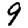
Digit: 9